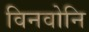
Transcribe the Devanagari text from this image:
विनवोनि